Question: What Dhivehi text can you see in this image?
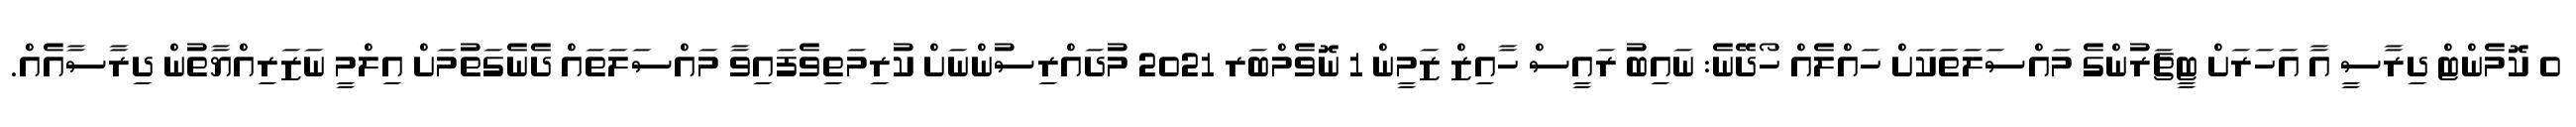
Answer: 0 ކޮމެންޓް ދިރާސީ އާ އަހަރަށް ޓީޗަރުންގެ މައްސަލަތަކަށް ހައްލެއް ހޯދޭނެ: ނައިބު ރައީސް ހާއިޒް ޒަމީން 1 ނޮވެމްބަރ 2021 މުދައްރިސުންނަށް ކުރިމަތިވެފައިވާ މައްސަލަތައް ދެނެގަތުމަށް އިލްމީ ނަޒަރިއްޔާތުން ދިރާސާއެއް.